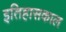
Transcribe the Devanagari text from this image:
इतिहासकाल